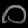
Digit: ၀